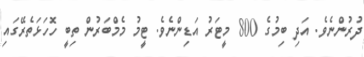
ދުރުންނެވެ. އަދި ބިމުގެ 800 މީޓަރު އަޑިންނެވެ. ޓީމު މެމްބަރުން ތިބީ ހޮހަޅަތެރޭގައި